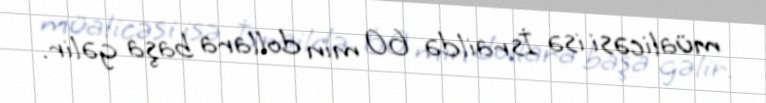
müalicəsi isə İsraildə 60 min dollara başa gəlir.